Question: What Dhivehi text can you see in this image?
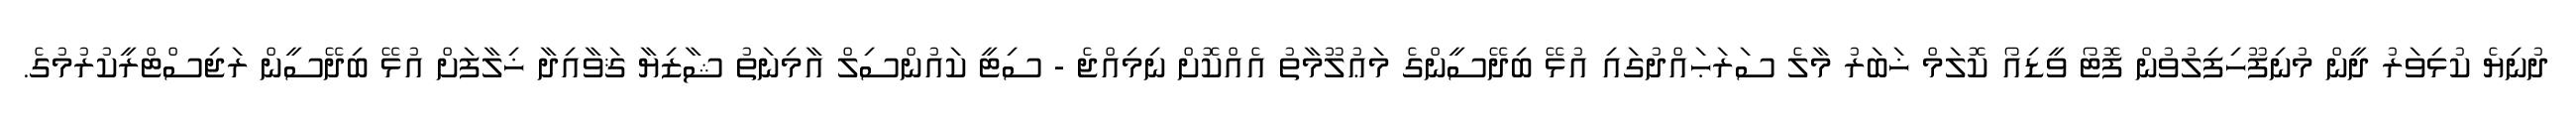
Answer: ދުނިޔެ ކުޅިވަރު ދީން މުނިފޫހިފިލުވުން ފޮޓޯ ވީޑިއޯ ކޮލަމް ޚަބަރު މާލެ ސަރަޙައްދުގައި އުޅޭ ބިދޭސީންގެ މަޢުލޫމާތު އެއްކޮށް ނިމިއްޖެ - ސިޓީ ކައުންސިލް އާމިނަތު ޝާޒިޔާ ޤަވާއިދާ ޚިލާފަށް އުޅޭ ބިދޭސީން ރަޖިސްޓްރީކުރުމުގެ.